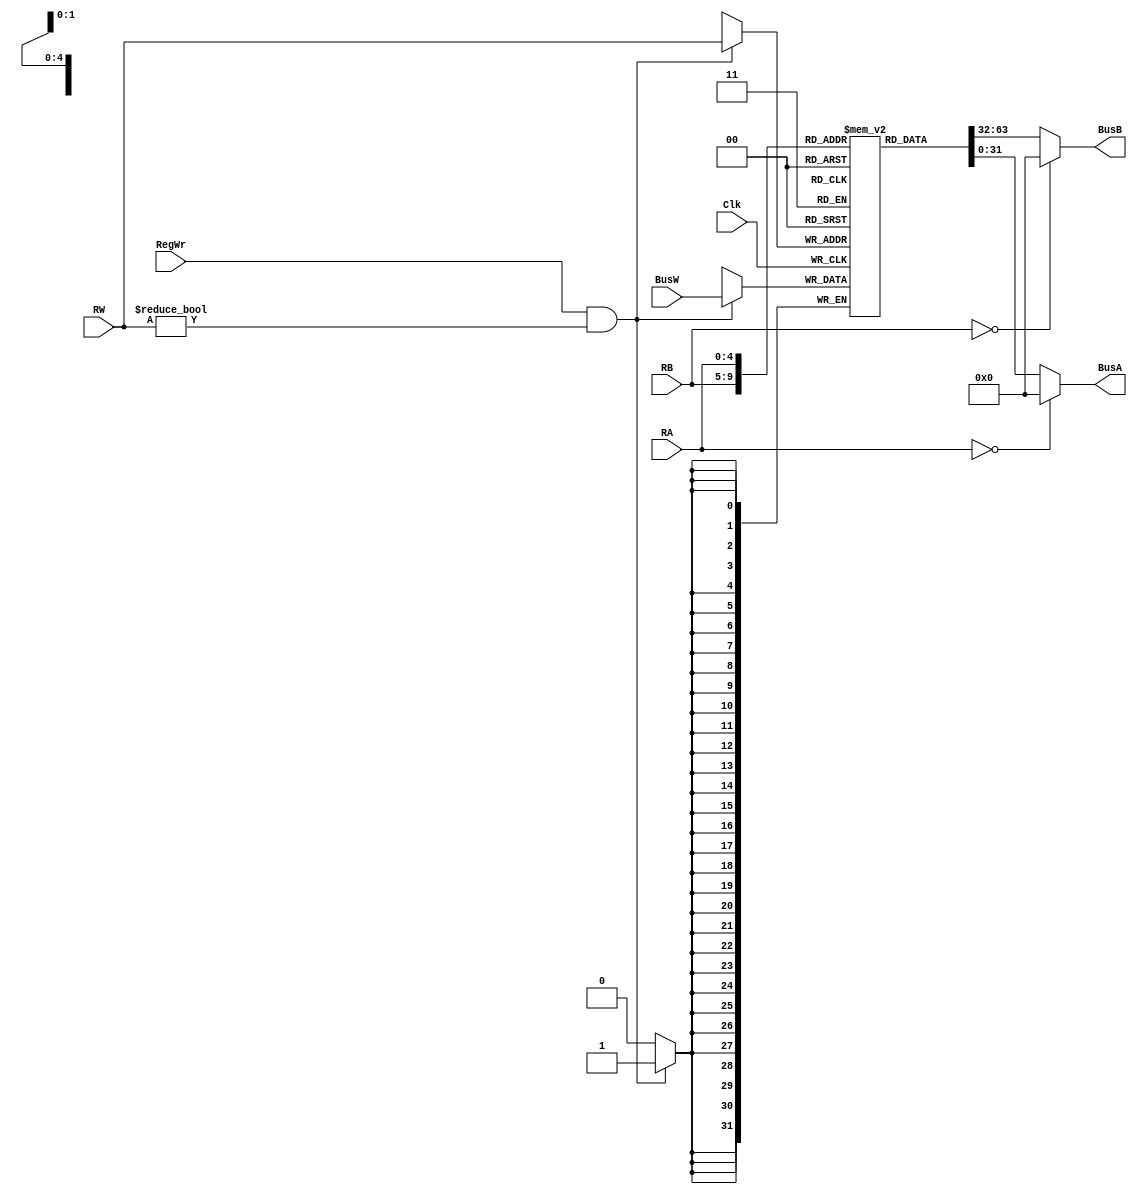
`timescale 1ns / 1ps
// RegisterFile
module RegisterFile(BusA , BusB , BusW , RA, RB, RW, RegWr , Clk);
// Define Inputs, Outputs and 32*32 RegisterMemory
input [4:0]RA;
input [4:0]RB;
input [4:0]RW;
input [31:0]BusW;
input RegWr, Clk;
output [31:0]BusA;
output [31:0]BusB;
reg [31:0] RegisterMemory[31:0];
// Read continuously from the register memory
assign BusB = (RB==0)?0:RegisterMemory[RB];
assign BusA = (RA==0)?0:RegisterMemory[RA];
// Write posedge to the MEM
always @(posedge Clk)
if (RegWr == 1 && RW!=0)
RegisterMemory[RW] <= BusW;
endmodule